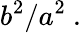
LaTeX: b^{2}/a^{2}\ .